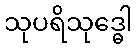
သုပရိသုဒ္ဓေါ